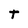
Character: T